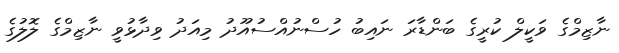
ނާޒިމްގެ ވަކީލް ކުރީގެ ބަންޑާރަ ނައިބު ހުސްނުއްސުއޫދު މިއަދު ވިދާޅުވީ ނާޒިމްގެ ލޮލުގެ